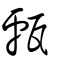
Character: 甗